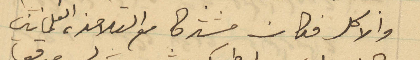
والاكل فكان مشتركا مع التلامذه العلمانين